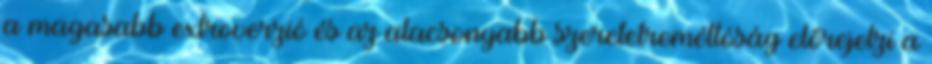
a magasabb extroverzió és az alacsonyabb szeretetreméltóság előrejelzi a